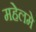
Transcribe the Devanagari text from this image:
महेलमे